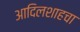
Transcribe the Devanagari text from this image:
आदिलशाहचा